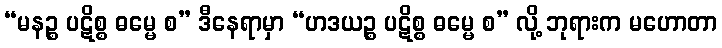
“မနဉ္စ ပဋိစ္စ ဓမ္မေ စ” ဒီနေရာမှာ “ဟဒယဉ္စ ပဋိစ္စ ဓမ္မေ စ” လို့ ဘုရားက မဟောတာ